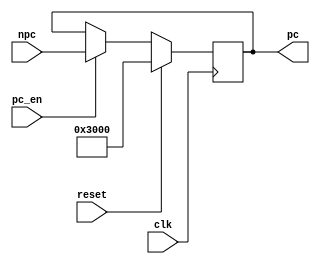
`timescale 1ns / 1ps
//////////////////////////////////////////////////////////////////////////////////
// Company: 
// Engineer: 
// 
// Design Name: 
// Module Name:    PC 
// Project Name: 
// Target Devices: 
// Tool versions: 
// Description: 
//
// Dependencies: 
//
// Revision: 
// Revision 0.01 - File Created
// Additional Comments: 
//
//////////////////////////////////////////////////////////////////////////////////
module PC(
    input clk,
    input reset,
	 input pc_en,
	 input [31:0] npc,
	 output reg[31:0] pc
    );
	 
	 parameter mips_pc = 32'h00003000;
	 initial pc = mips_pc;
	 
	 always @(posedge clk)begin
		if(reset)
			pc <= mips_pc;
		else begin
			if(pc_en!=0)
				pc <= npc;
		end
	 end

endmodule